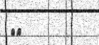
٣٠